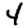
Digit: 4